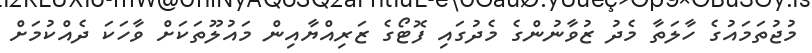
މުޖުތަމައުގެ ހާލަތާ މެދު ޒުވާނުންގެ މެދުގައި ފޮޓޯގެ ޒަރިއްޔާއިން މައުލޫތަކަށް ވާހަކަ ދެއްކުމަށް